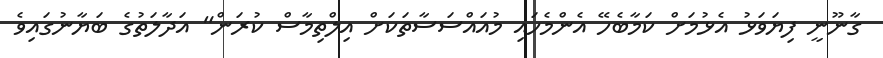
ގާނޫނީ ފިޔަވަޅު އެޅުމަށް ކަމާބެހޭ އެންމެހައި މުއައްސަސާތަކަށް އިލްތިމާސް ކުރަން" އަދާލަތުގެ ބަޔާނުގައިވެ